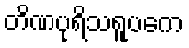
တိဏပုရိသရူပကေ